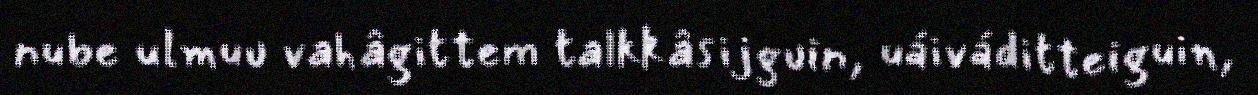
nube ulmuu vahâgittem talkkâsijguin, uáiváditteiguin,